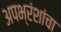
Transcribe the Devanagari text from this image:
अपभ्रंशांचा